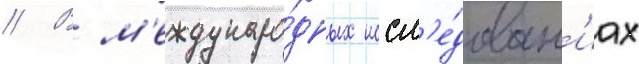
// В м'еждунаро́дных иссл'е́дован'иах